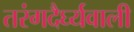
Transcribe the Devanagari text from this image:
तरंगदैर्घ्यवाली